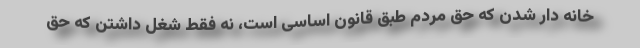
خانه دار شدن که حق مردم طبق قانون اساسی است، نه فقط شغل داشتن که حق